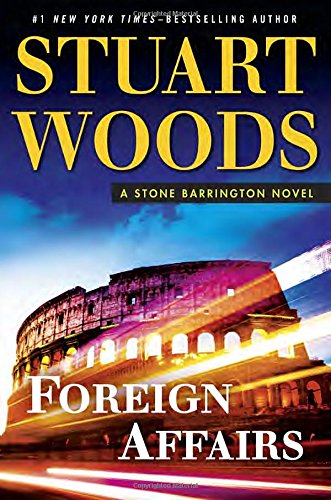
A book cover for Foreign Affairs (A Stone Barrington Novel); Stuart Woods; Mystery, Thriller & Suspense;